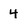
Character: 4